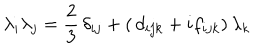
\lambda _ { i } \lambda _ { j } = \frac { 2 } { 3 } \, \delta _ { i j } + ( \, d _ { i j k } + i f _ { i j k } ) \, \lambda _ { k }